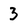
Character: 3